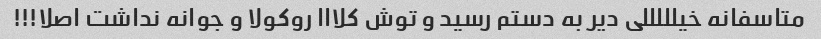
متاسفانه خیلللللی دیر به دستم رسید و توش کلااا روکولا و جوانه نداشت اصلا!!!